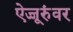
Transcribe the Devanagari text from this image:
ऐज्जूरुंवर